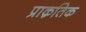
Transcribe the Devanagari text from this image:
प्राक़तिक